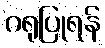
ဂရုပြုရန်